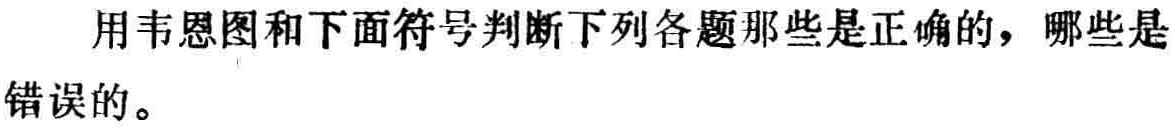
用韦恩图和下面符号判断下列各题那些是正确的，哪些是错误的。